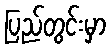
ပြည်တွင်းမှာ